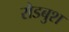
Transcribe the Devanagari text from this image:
रोडबुश